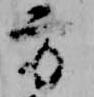
方